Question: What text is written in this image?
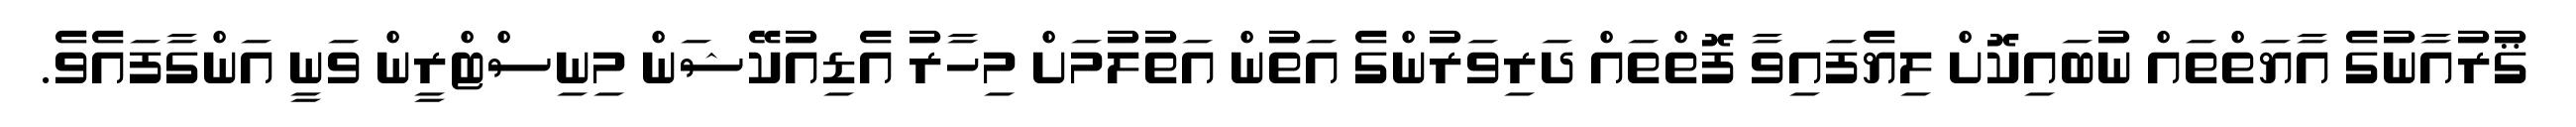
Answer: ޤުރުއާނުގެ އާޔަތްތައް ނުބައިކޮށް ލިޔެފައިވާ ފޮތްތައް ދަރިވަރުންގެ އަތުން އަތުލުމަށް މިހާރު އެޑިއުކޭޝަން މިނިސްޓްރީން ވަނީ އަންގާފައެވެ.